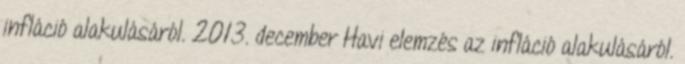
infláció alakulásáról. 2013. december Havi elemzés az infláció alakulásáról.